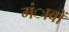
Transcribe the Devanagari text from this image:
गंावों